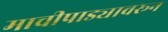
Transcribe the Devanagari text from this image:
माचीपाड्यावरून